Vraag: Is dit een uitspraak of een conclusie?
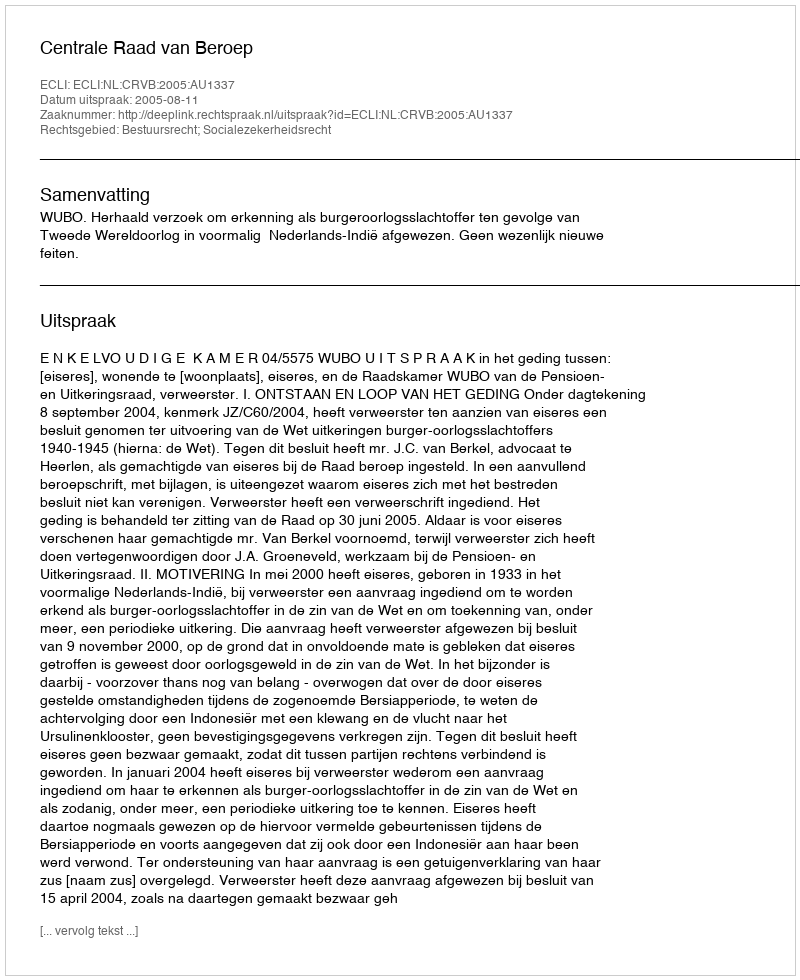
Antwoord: Uitspraak